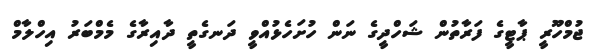
ޖުމްހޫރީ ޕާޓީގެ ފަރާތުން ޝަހްދީގެ ނަން ހުށަހެޅުއްވީ ދަނގެތީ ދާއިރާގެ މެމްބަރު އިހްލާމް